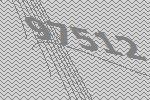
97512